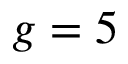
g = 5